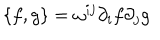
LaTeX: \{ f , g \} = \omega ^ { i j } \partial _ { i } f \partial _ { j } g